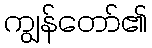
ကျွန်တော်၏